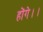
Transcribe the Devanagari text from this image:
होंगे।।